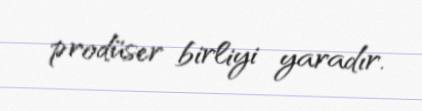
prodüser birliyi yaradır.